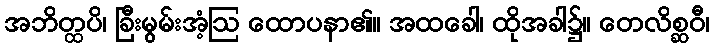
အဘိတ္ထပိ၊ ခြီးမွမ်းအံ့ဩ ထောပနာ၏။ အထခေါ၊ ထိုအခါ၌။ တေလိစ္ဆဝီ၊